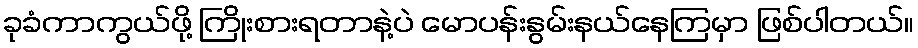
ခုခံကာကွယ်ဖို့ ကြိုးစားရတာနဲ့ပဲ မောပန်းနွမ်းနယ်နေကြမှာ ဖြစ်ပါတယ်။